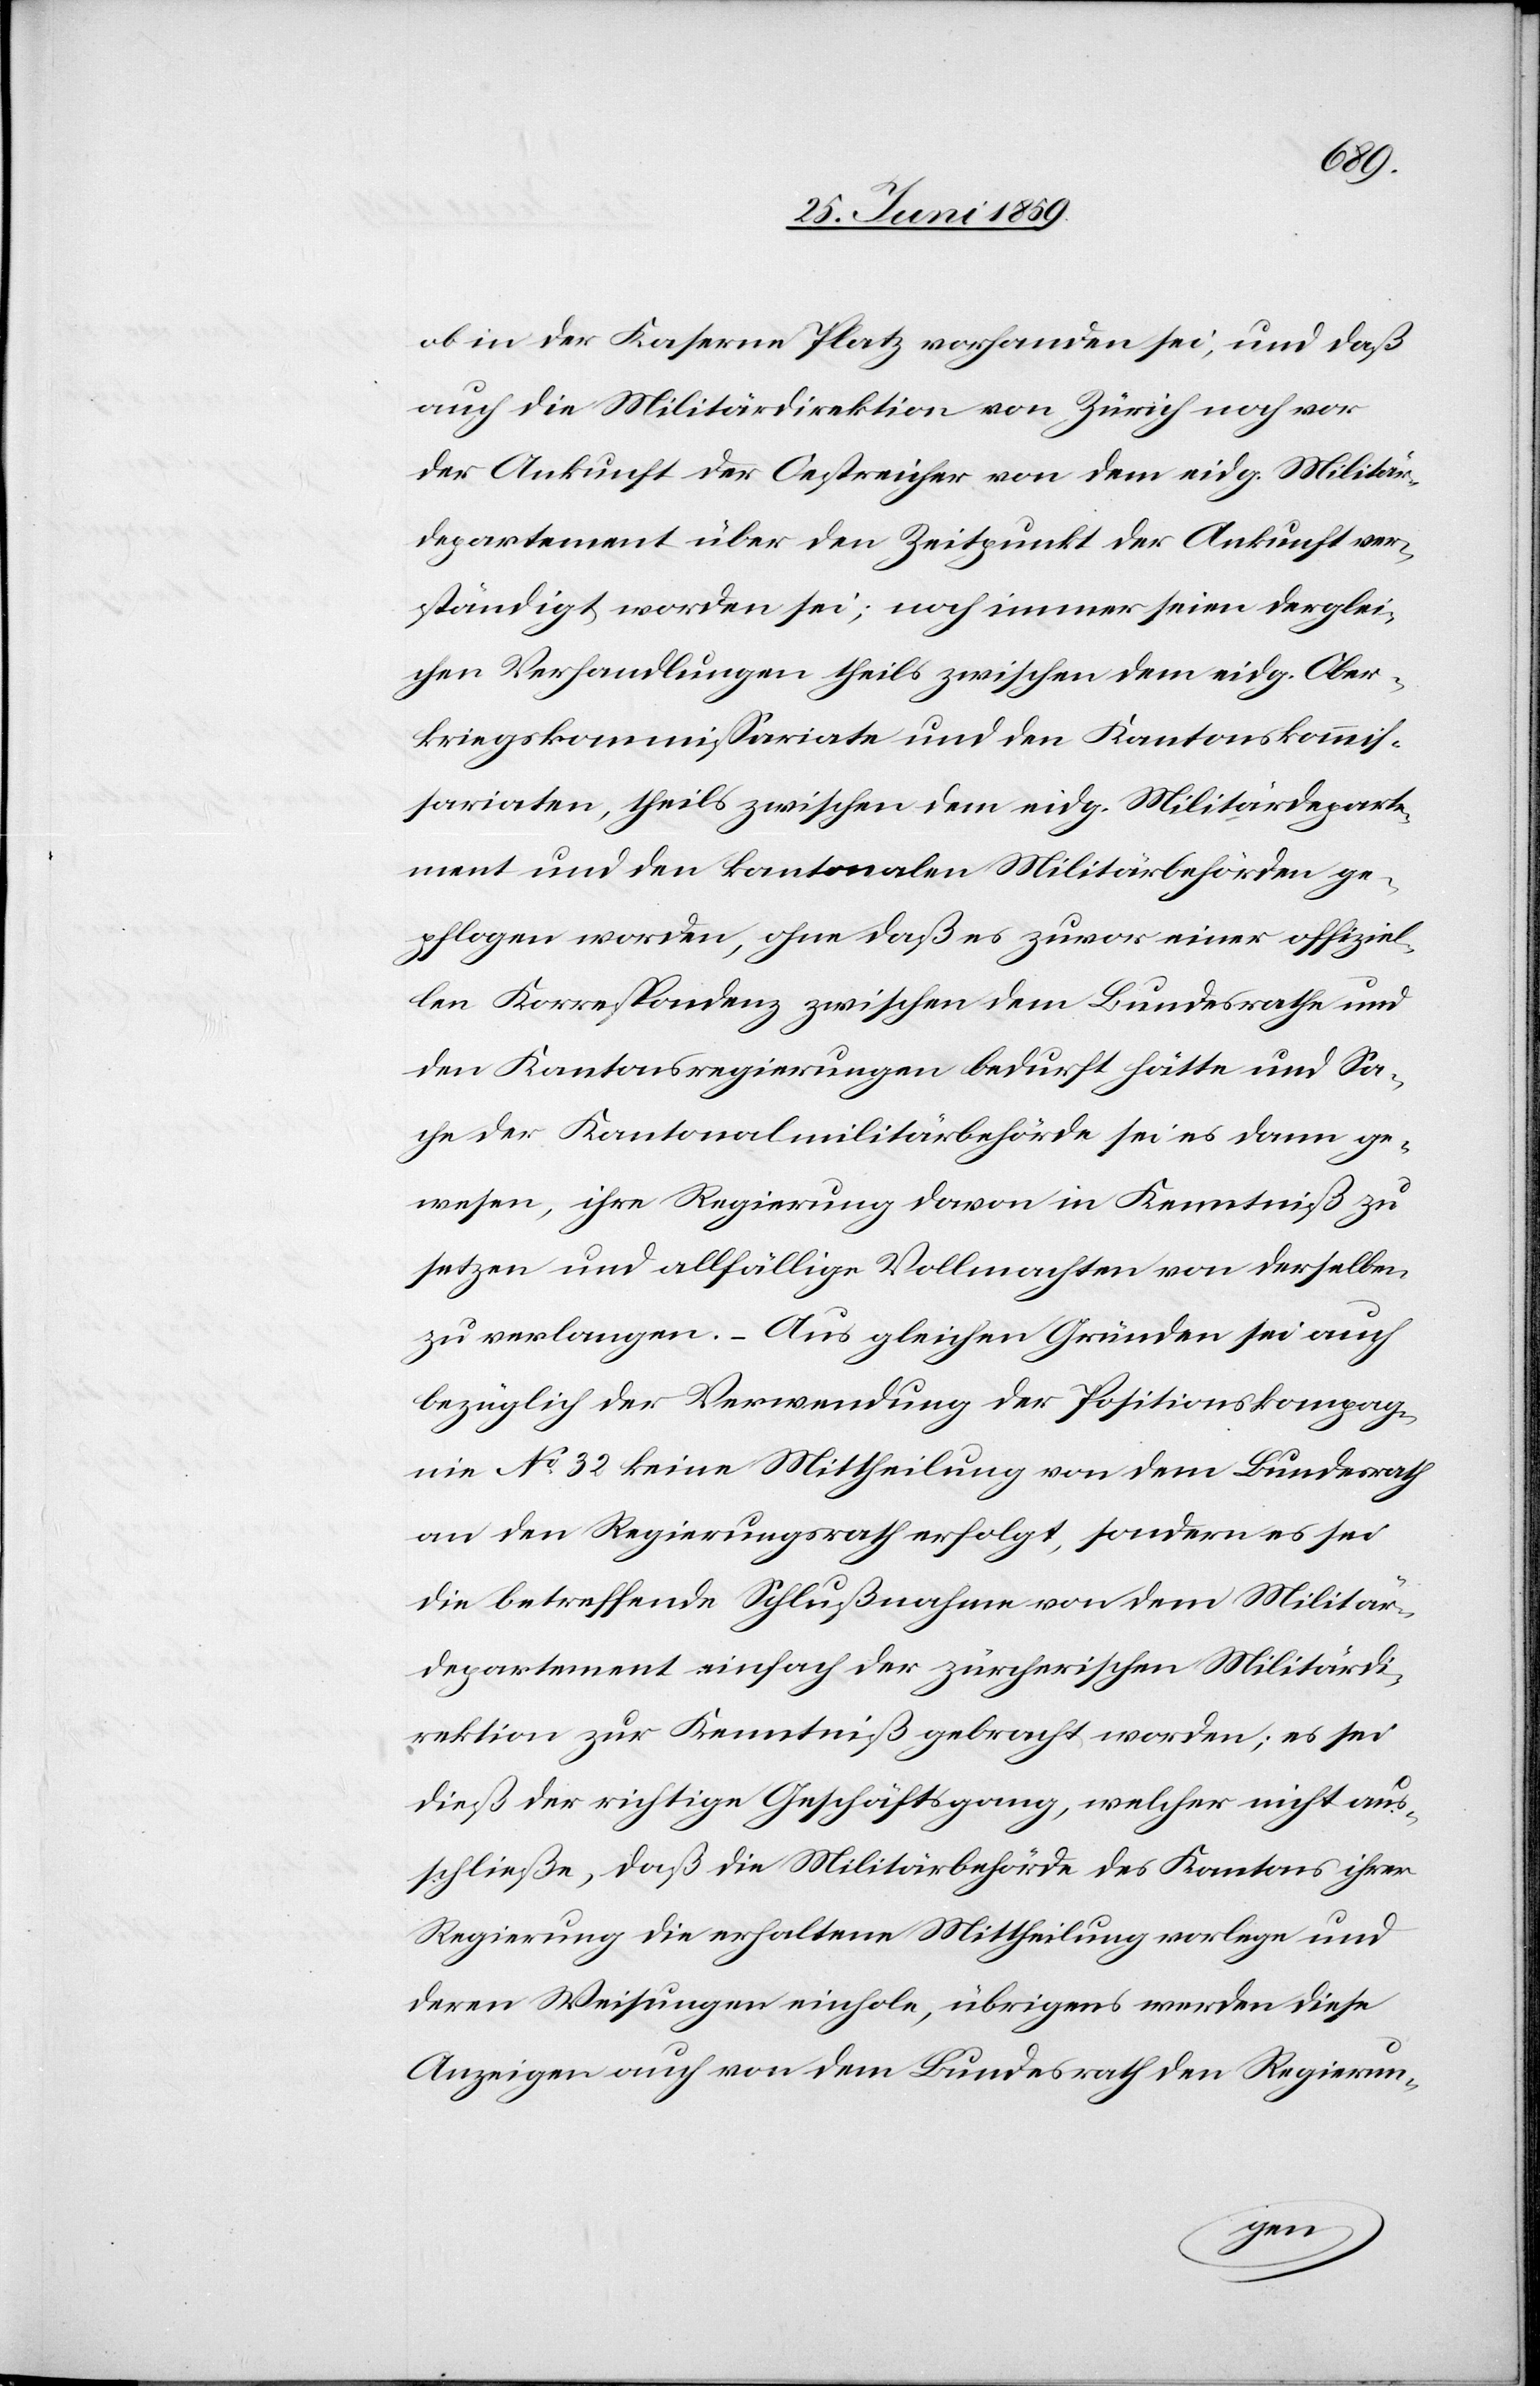
ob in der Kaserne Platz vorhanden sei, und daß
auch die Militärdirektion von Zürich noch vor
der Ankunft der Oestreicher von dem eidg. Militär¬
departement über den Zeitpunkt der Ankunft ver¬
ständigt worden sei; noch immer seien derglei¬
chen Verhandlungen theils zwischen dem eidg. Ober¬
kriegskommissariate und den Kantonskommis¬
sariaten, theils zwischen dem eidg. Militärdeparte¬
ment und den kantonalen Militärbehörden ge¬
pflogen worden, ohne daß es zuvor einer offiziel¬
len Korrespondenz zwischen dem Bundesrathe und
den Kantonsregierungen bedurft hätte und Sa¬
che der Kantonalmilitärbehörde sei es dann ge¬
wesen, ihre Regierung davon in Kenntniß zu
setzen und allfällige Vollmachten von derselben
zu verlangen. – Aus gleichen Gründen sei auch
bezüglich der Verwendung der Positionskompag¬
nie No 32 keine Mittheilung von dem Bundesrath
an den Regierungsrath erfolgt, sondern es sei
die betreffende Schlußnahme von dem Militär¬
departement einfach der zürcherischen Militärdi¬
rektion zur Kenntniß gebracht worden; es sei
dieß der richtige Geschäftsgang, welcher nicht aus¬
schließe, daß die Militärbehörde des Kantons ihrer
Regierung die erhaltene Mittheilung vorlege und
deren Weisungen einhole, übrigens werden diese
Anzeigen auch von dem Bundesrath den Regierun-